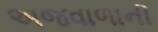
અજવાળાની